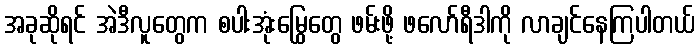
အခုဆိုရင် အဲဒီလူတွေက စပါးအုံးမြွေတွေ ဖမ်းဖို့ ဖလော်ရီဒါကို လာချင်နေကြပါတယ်